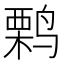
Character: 𫛽